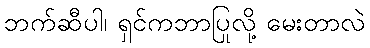
ဘက်ဆီပါ၊ ရှင်ကဘာပြုလို့ မေးတာလဲ